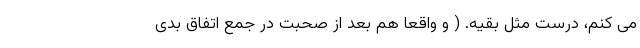
می کنم، درست مثل بقیه. ( و واقعاً هم بعد از صحبت در جمع اتفاق بدی